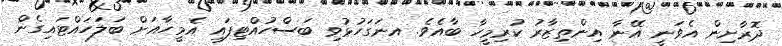
ދޮރާށިން އެވަނީ އޭނާ އިންތިޒާރު ކުރިމީހާ ބާއެވެ. އނަގަހުޅުވި ބަސްހުއްޓިފައި އެމީހާއަށް ބަލަހައްޓައިގެން